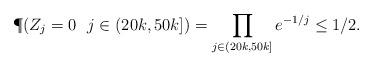
LaTeX: \begin{align*} \P(Z_j = 0~~j\in(20k,50k]) = \prod_{j\in(20k,50k]} e^{-1/j} \leq 1/2.\end{align*}